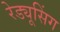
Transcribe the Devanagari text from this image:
रेड्यूसिंग